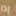
إذا